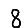
Digit: 8